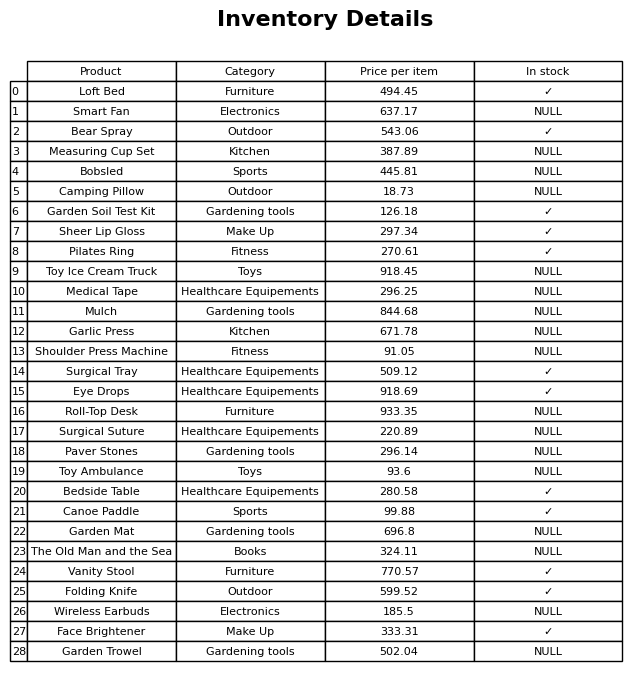
question: What is the price for Surgical Suture?
answer: The price of Surgical Suture is 220.89.